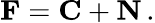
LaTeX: \mathbf{F}=\mathbf{C}+\mathbf{N}\, .